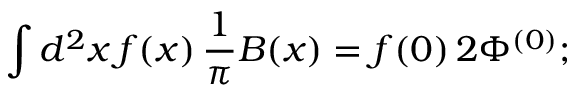
\int d ^ { 2 } x \, f ( x ) \, { \frac { 1 } { \pi } } B ( x ) = f ( 0 ) \, 2 \Phi ^ { ( 0 ) } ;